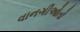
વાનગીઓતો